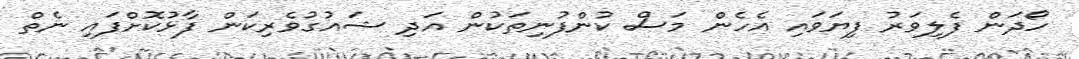
ހޯދަން ފެލިވަރު ފިޔަވައި އެހެން މަސް ކުންފުނިތަކުން އަދި ޝައުގުވެރިކަން ފާޅުކޮށްފައި ނެތް